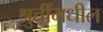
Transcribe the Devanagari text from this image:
श्रुतींमधील